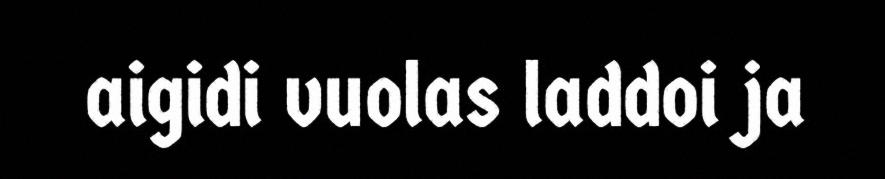
aigidi vuolas laddoi ja